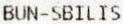
BUN-SBILIS